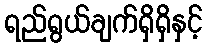
ရည်ရွယ်ချက်ရှိရှိနှင့်